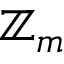
\mathbb { Z } _ { m }